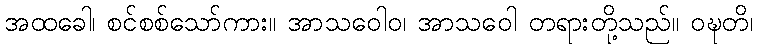
အထခေါ၊ စင်စစ်သော်ကား။ အာသဝေါဝ၊ အာသဝေါ တရားတို့သည်။ ဝဍ္ဎတိ၊